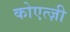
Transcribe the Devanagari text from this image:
कोएत्ज़ी